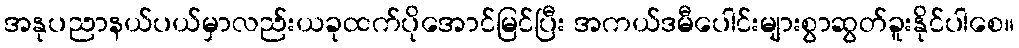
အနုပညာနယ်ပယ်မှာလည်းယခုထက်ပိုအောင်မြင်ပြီး အကယ်ဒမီပေါင်းများစွာဆွတ်ခူးနိုင်ပါစေ။